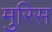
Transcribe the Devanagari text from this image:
मुरिस